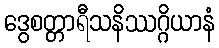
ဒွေစတ္တာရီသနိဿဂ္ဂိယာနံ